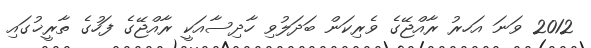
2012 ވަނަ އަަހރު ރާއްޖޭގެ ވެރިކަން ބަދަލުވި ހާދިސާއަކީ ރާއްޖޭގެ ފަހުގެ ތާރީޚުގައި